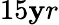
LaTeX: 15\mathbf{y}r